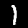
Digit: 1